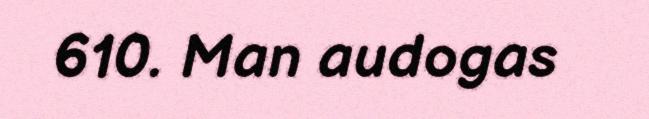
610. Man audogas